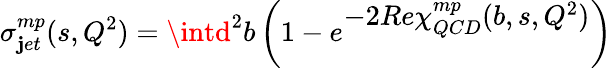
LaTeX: \sigma_{\mathbf{j}et}^{mp}(s,Q^{2})=\intd^{2}b\left(1-e^{\textstyle-2Re\chi_{QCD}^{mp}(b,s,Q^{2})}\right)